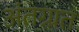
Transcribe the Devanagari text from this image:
अंतग्र्रत